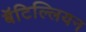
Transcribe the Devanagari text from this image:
बॅटिल्लियन